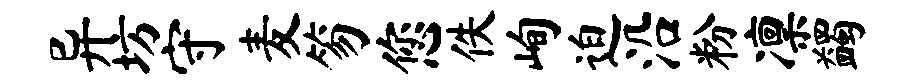
异坊守麦笏您佚峋迫沿粉凛蠲